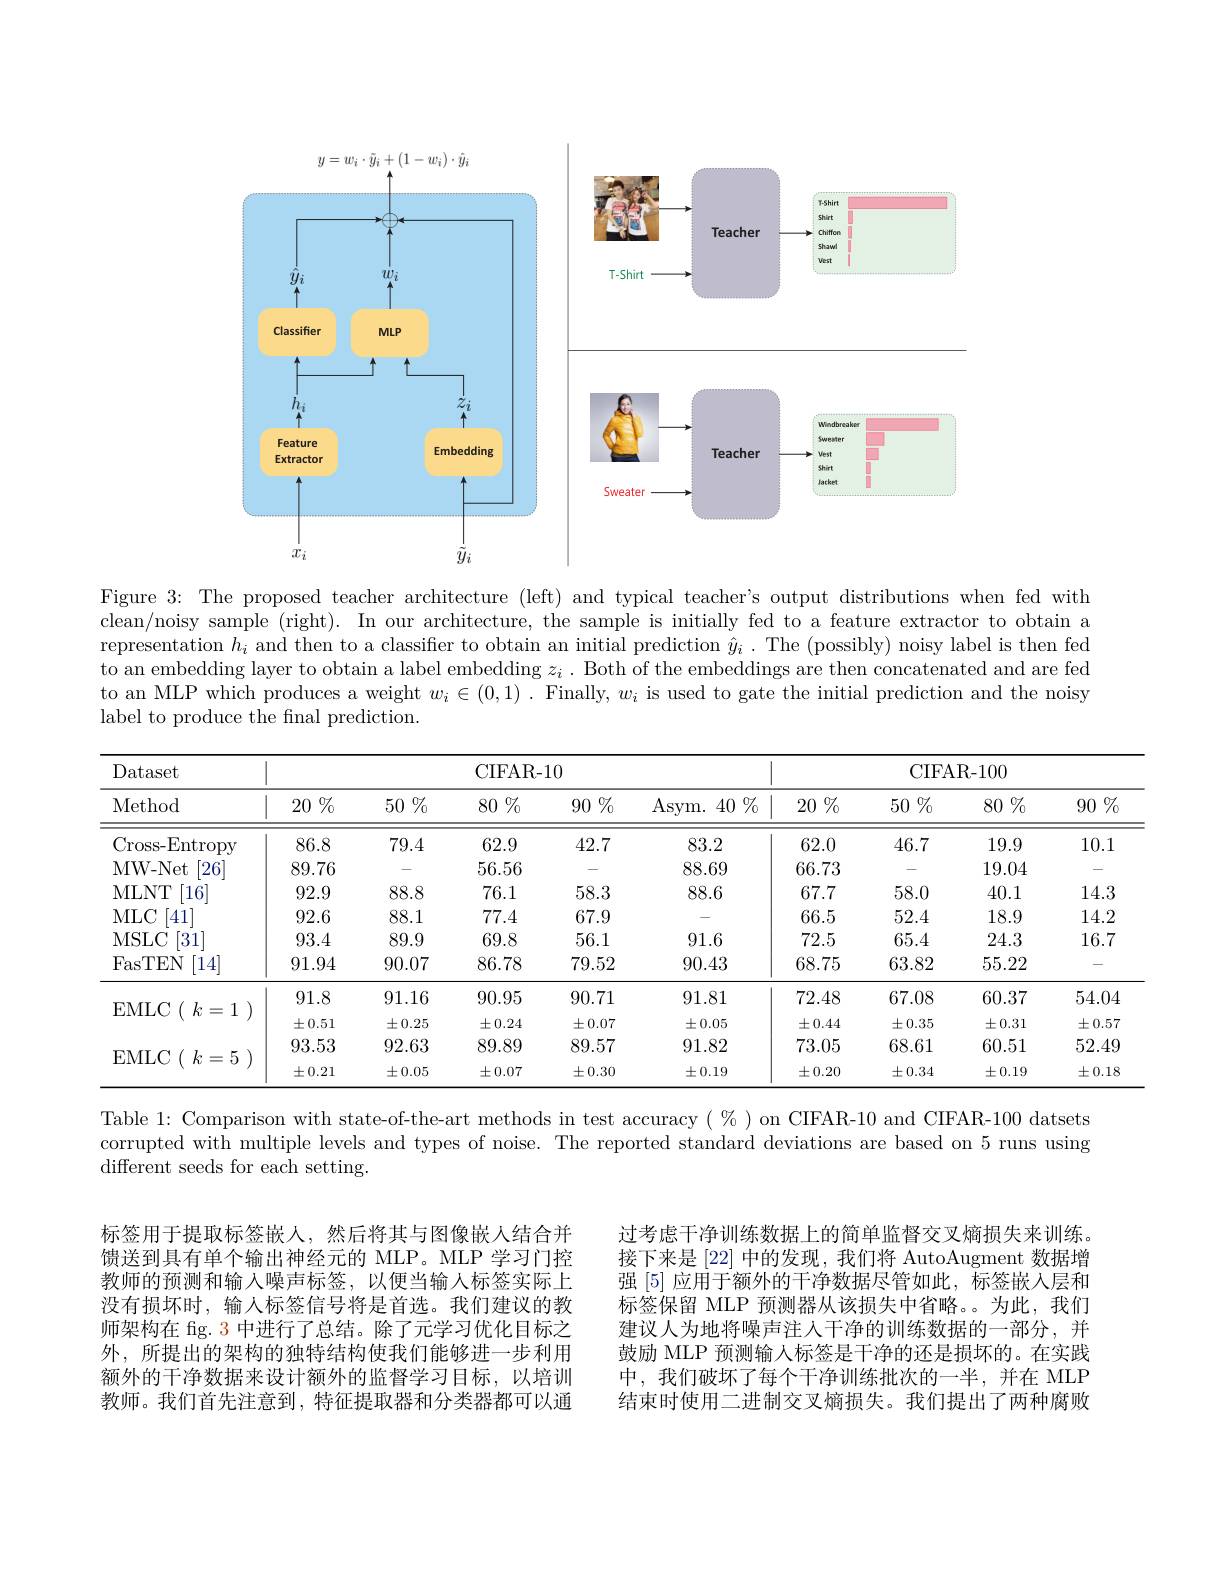
<FigureHere>

Figure 3: The proposed teacher architecture (left) and typical teacher's output distributions when fed with clean/noisy sample (right). In our architecture, the sample is initially fed to a feature extractor to obtain a representation $h_i$ and then to a classifier to obtain an initial prediction $\hat{y}_i.$ The (possibly) noisy label is then fed to an embedding layer to obtain a label embedding $z_i$ . Both of the embeddings are then concatenated and are fed to an MLP which produces a weight $w_i\in(0,1)$ .Finally, $w_i$ is used to gate the initial prediction and the noisy label to produce the final prediction.

<table>
	<tbody>
		<tr>
			<th rowspan="2">Dataset Method</th>
			<th colspan="5">CIFAR- 10</th>
			<th colspan="4">CIFAR- 100</th>
		</tr>
		<tr>
			<th>$20\%$</th>
			<th>$50\%$</th>
			<th>80 $\%$</th>
			<th>90 $\%$</th>
			<th>Asym. 40 $\%$</th>
			<th>$20\%$</th>
			<th>$50\%$</th>
			<th>80 $\%$</th>
			<th>$90\%$</th>
		</tr>
		<tr>
			<td>Cross- Entropy</td>
			<td>86.8</td>
			<td>79.4</td>
			<td>62.9</td>
			<td>42.7</td>
			<td>83.2</td>
			<td>62.0</td>
			<td>46.7</td>
			<td>19.9</td>
			<td>10.1</td>
		</tr>
		<tr>
			<td>MW- Net 26</td>
			<td>89.76</td>
			<td> </td>
			<td>56.56</td>
			<td> </td>
			<td>88.69</td>
			<td>66.73</td>
			<td> </td>
			<td>19.04</td>
			<td> </td>
		</tr>
		<tr>
			<td>MLNT 16</td>
			<td>92.9</td>
			<td>88.8</td>
			<td>76.1</td>
			<td>58.3</td>
			<td>88.6</td>
			<td>67.7</td>
			<td>58.0</td>
			<td>40.1</td>
			<td>14.3</td>
		</tr>
		<tr>
			<td>MLC 41</td>
			<td>92.6</td>
			<td>88.1</td>
			<td>77.4</td>
			<td>67.9</td>
			<td> </td>
			<td>66.5</td>
			<td>52.4</td>
			<td>18.9</td>
			<td>14.2</td>
		</tr>
		<tr>
			<td>MSLC [31]</td>
			<td>93.4</td>
			<td>89.9</td>
			<td>69.8</td>
			<td>56.1</td>
			<td>91.6</td>
			<td>72.5</td>
			<td>65.4</td>
			<td>24.3</td>
			<td>16.7</td>
		</tr>
		<tr>
			<td>FasTEN [14]</td>
			<td>91.94</td>
			<td>90.07</td>
			<td>86.78</td>
			<td>79.52</td>
			<td>90.43</td>
			<td>68.75</td>
			<td>63.82</td>
			<td>55.22</td>
			<td>- </td>
		</tr>
		<tr>
			<td rowspan="2">EMLC$ ( k= 1 )$</td>
			<td>91.8</td>
			<td>91.16</td>
			<td>90.95</td>
			<td>90.71</td>
			<td>91.81</td>
			<td>72.48</td>
			<td>67.08</td>
			<td>60.37</td>
			<td>54.04</td>
		</tr>
		<tr>
			<td>$\pm0.51$</td>
			<td>$\pm0.25$</td>
			<td>$\pm0.24$</td>
			<td>$\pm0.07$</td>
			<td>$\pm0.05$</td>
			<td>$\pm0.44$</td>
			<td>$\pm0.35$</td>
			<td>$\pm0.31$</td>
			<td>$\pm0.57$</td>
		</tr>
		<tr>
			<td rowspan="2">EMLC$ ( k= 5 )$</td>
			<td>93.53</td>
			<td>92.63</td>
			<td>89.89</td>
			<td>89.57</td>
			<td>91.82</td>
			<td>73.05</td>
			<td>68.61</td>
			<td>60.51</td>
			<td>52.49</td>
		</tr>
		<tr>
			<td>$\pm0.21$</td>
			<td>$\pm0.05$</td>
			<td>$\pm0.07$</td>
			<td>$\pm0.30$</td>
			<td>$\pm0.19$</td>
			<td>$\pm0.20$</td>
			<td>$\pm0.34$</td>
			<td>$\pm0.19$</td>
			<td>$\pm0.18$</td>
		</tr>
	</tbody>
</table>

Table 1: Comparison with state-of-the-art methods in test accuracy $(\%)$ on CIFAR-10 and CIFAR-100 datsets corrupted with multiple levels and types of noise. The reported standard deviations are based on 5 runs using ${\mathrm{different~seeds~for~each~setting.}}$

标签用于提取标签嵌人，然后将其与图像嵌入结合并馈送到具有单个输出神经元的 MLP。MLP 学习门控教师的预测和输入噪声标签，以便当输人标签实际上没有损坏时，输人标签信号将是首选。我们建议的教师架构在 fig. 3 中进行了总结。除了元学习优化目标之外，所提出的架构的独特结构使我们能够进一步利用额外的干净数据来设计额外的监督学习目标，以培训教师。我们首先注意到，特征提取器和分类器都可以通

过考虑干净训练数据上的简单监督交叉熵损失来训练。接下来是 [22] 中的发现，我们将 AutoAugment 数据增强[5]应用于额外的干净数据尽管如此，标签嵌入层和标签保留 MLP 预测器从该损失中省略。为此，我们建议人为地将噪声注人干净的训练数据的一部分，并鼓励 MLP 预测输人标签是干净的还是损坏的。在实践中，我们破坏了每个干净训练批次的一半，并在 MLP 结束时使用二进制交叉熵损失。我们提出了两种腐败